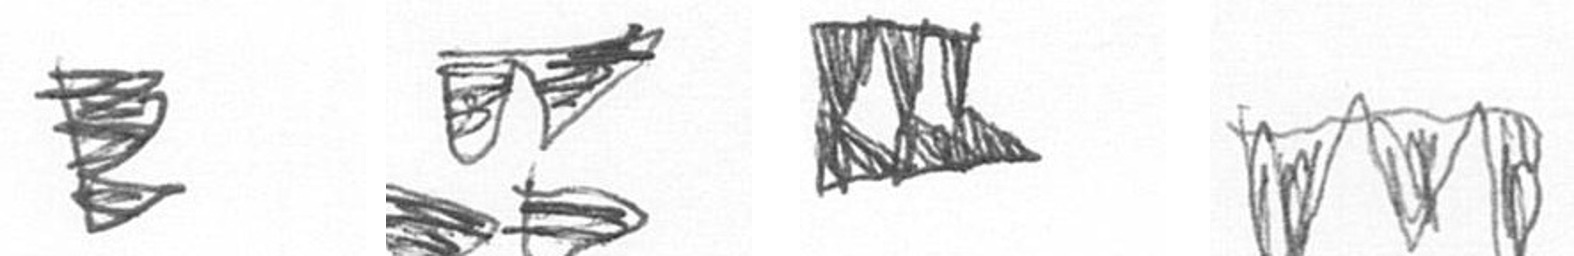
H B D L